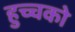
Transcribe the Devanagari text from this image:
हुच्चको